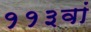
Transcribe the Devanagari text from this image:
११३वां